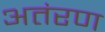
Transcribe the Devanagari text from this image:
अतंरण